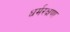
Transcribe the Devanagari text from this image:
धर्मरक्षणा